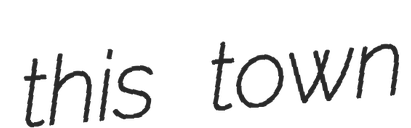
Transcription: this town